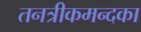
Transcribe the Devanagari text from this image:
तनत्रीकमन्दका